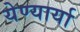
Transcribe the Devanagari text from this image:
येण्यार्या